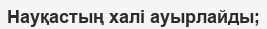
Науқастың халі ауырлайды;